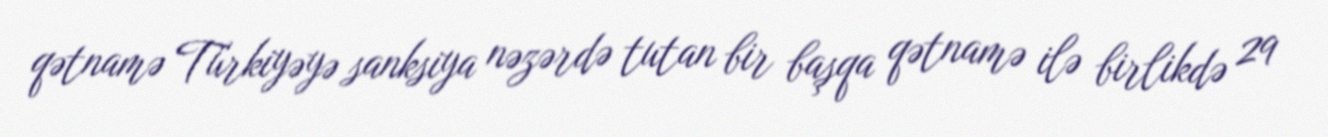
qətnamə Türkiyəyə sanksiya nəzərdə tutan bir başqa qətnamə ilə birlikdə 29